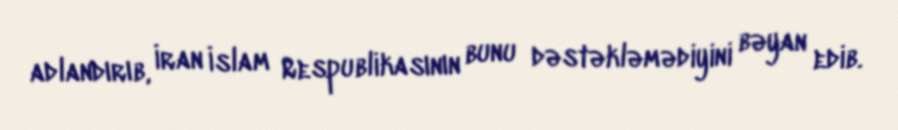
adlandırıb, İran İslam Respublikasının bunu dəstəkləmədiyini bəyan edib.